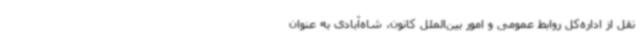
نقل از اداره‌کل روابط عمومی و امور بین‌الملل کانون، شاه‌آبادی به عنوان